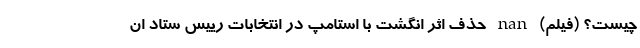
چیست؟ (فیلم) nan حذف اثر انگشت با استامپ در انتخابات رییس ستاد ان